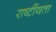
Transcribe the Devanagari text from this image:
राष्टींयता